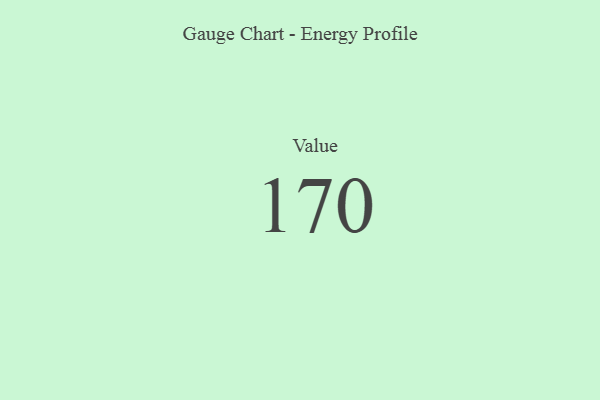
{"axis": {"x": "Metric", "y": "Value"}, "legend": [""], "data": [{"x": "Value", "y": 170, "type": ""}]}